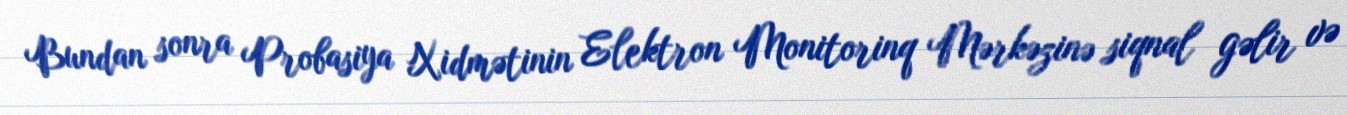
Bundan sonra Probasiya Xidmətinin Elektron Monitorinq Mərkəzinə siqnal gəlir və